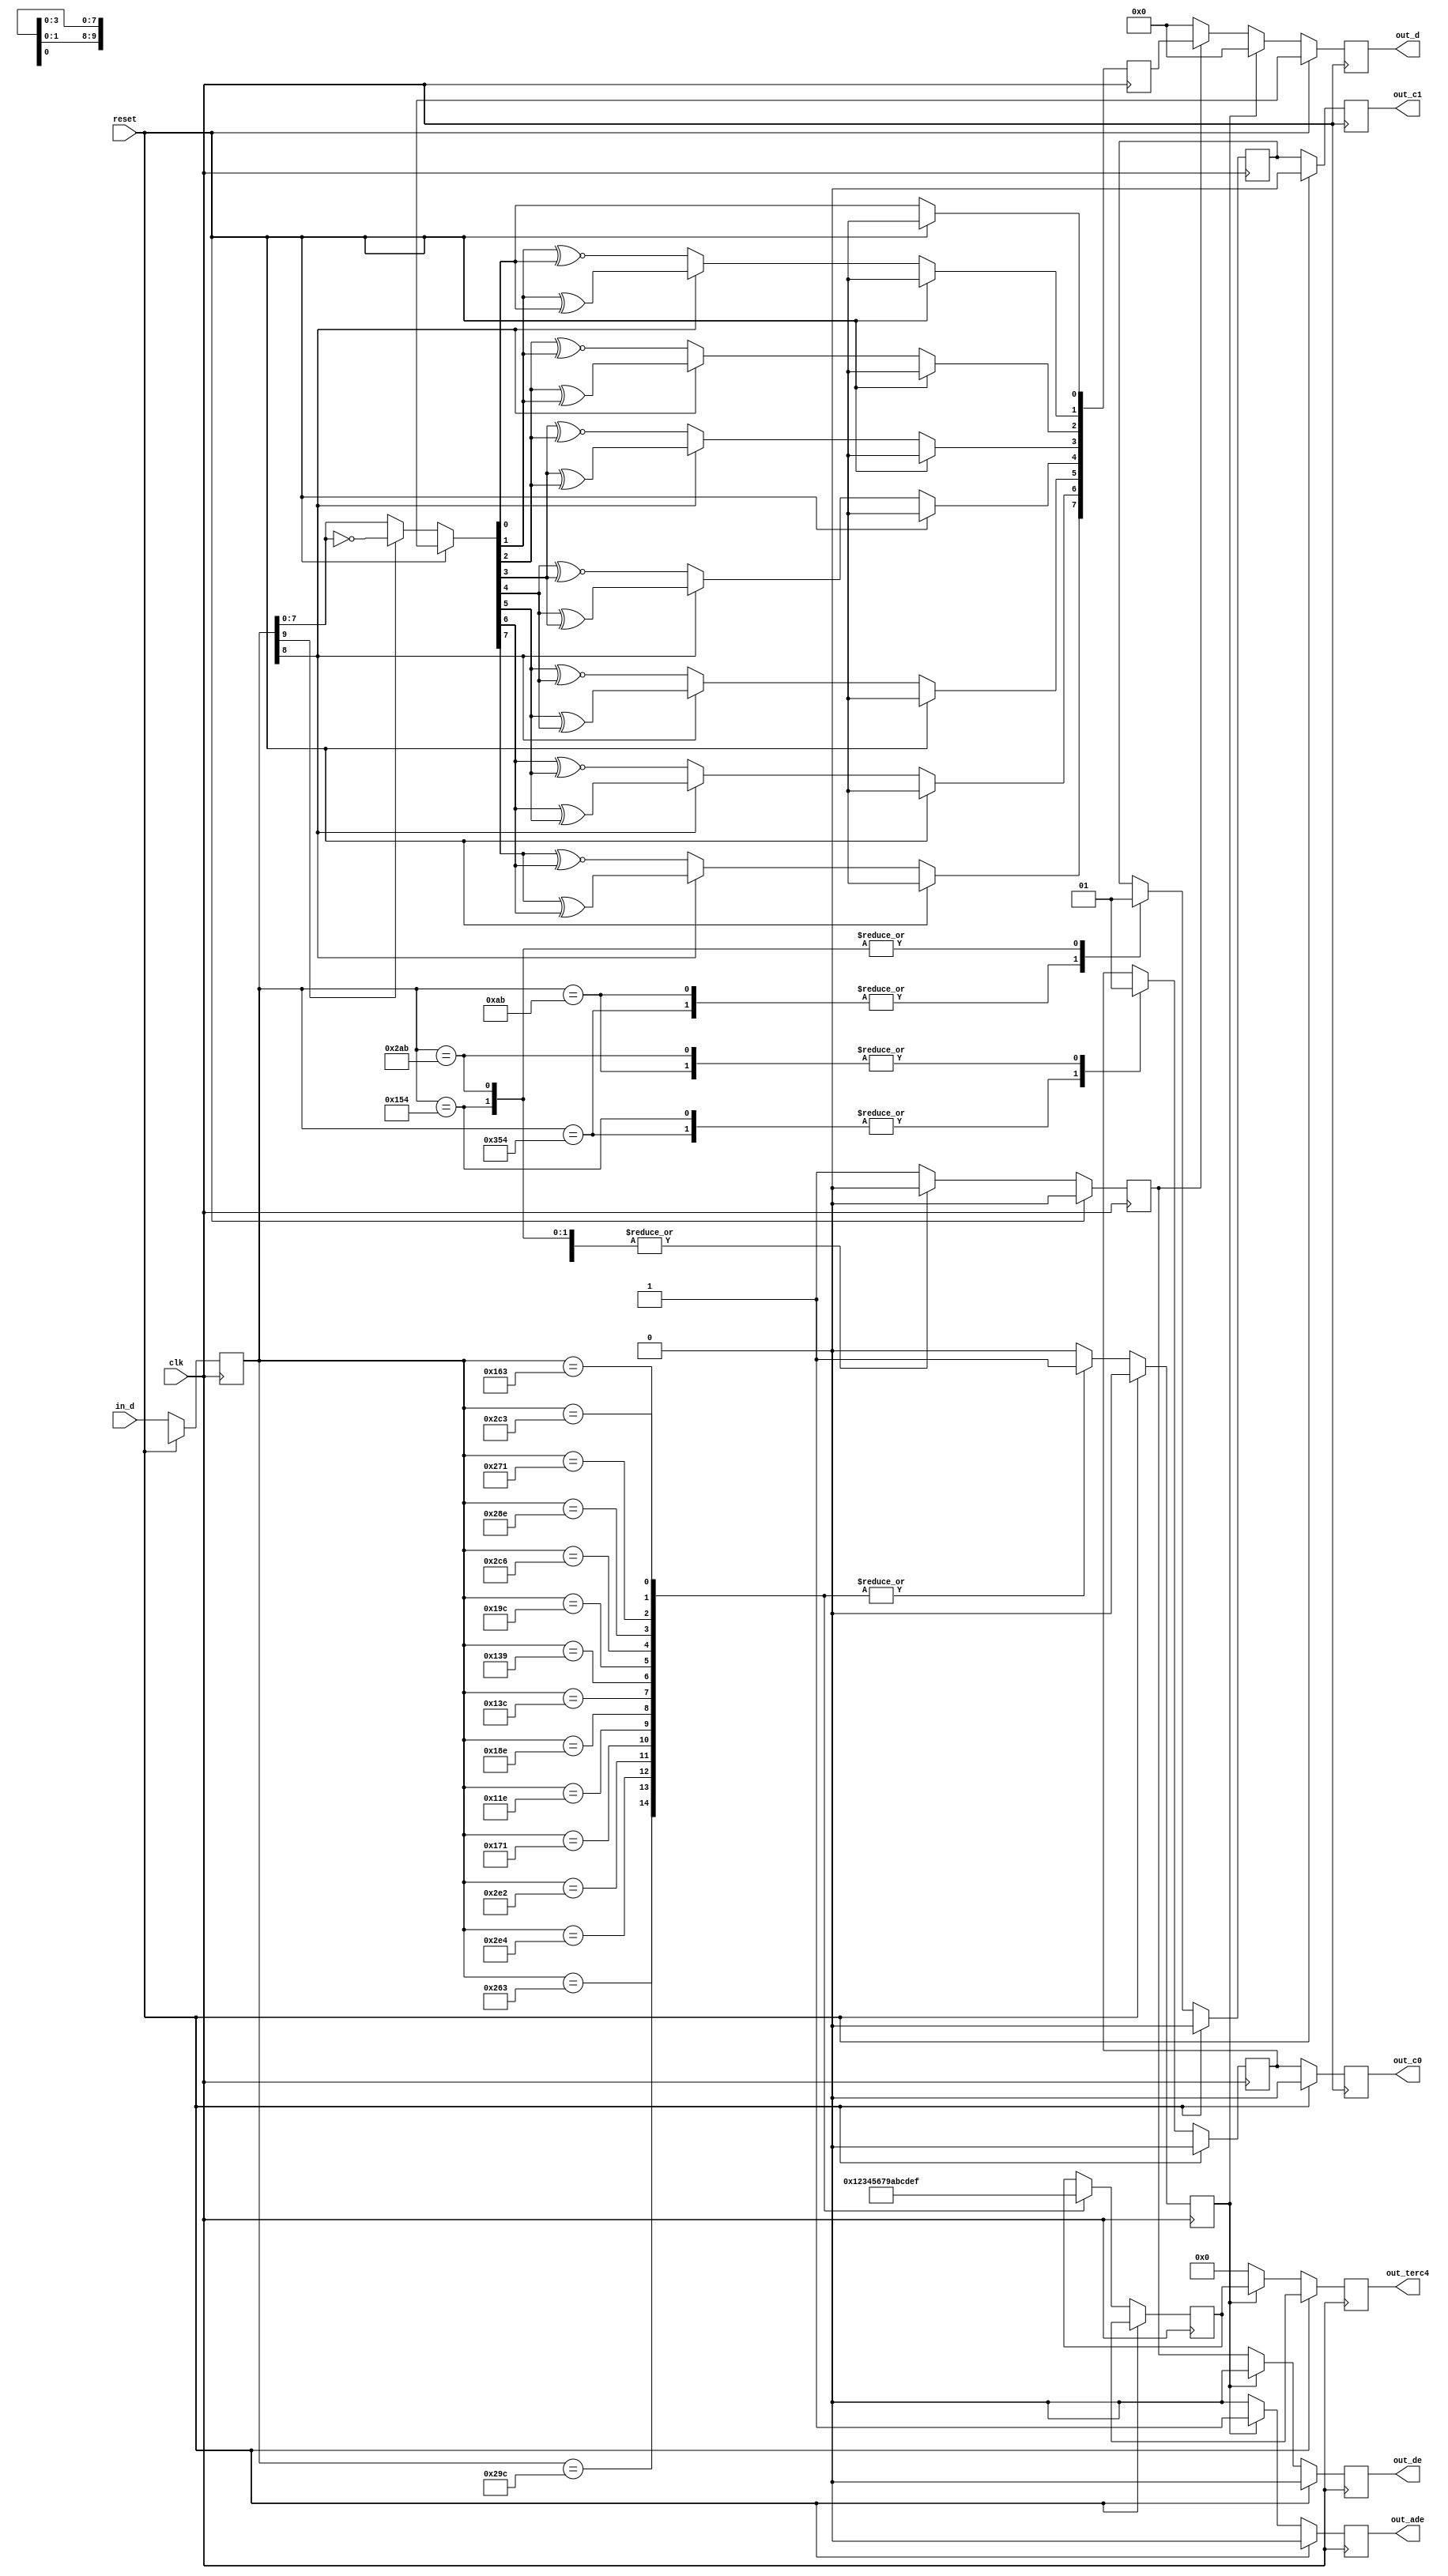
// ---------------------------------------------------------------------------
//  Jelly  -- The platform for real-time computing
//
//                                 Copyright (C) 2008-2015 by Ryuji Fuchikami
//                                 https://github.com/ryuz/jelly.git
// ---------------------------------------------------------------------------



`timescale 1ns / 1ps
`default_nettype none



module jelly_hdmi_rx_decode
        #(
            parameter DVI_ONLYIN = 0
        )
        (
            input   wire            reset,
            input   wire            clk,
            
            input   wire    [9:0]   in_d,
            
            output  wire            out_de,
            output  wire    [7:0]   out_d,
            output  wire            out_c0,
            output  wire            out_c1,
            
            output  wire            out_ade,
            output  wire    [3:0]   out_terc4
        );
    
    integer             i;
    reg     [9:0]       tmp_d;
    
    // stage 0
    reg     [9:0]       st0_d;
    
    // stage 1
    reg                 st1_c0;
    reg                 st1_c1;
    reg                 st1_de;
    reg     [7:0]       st1_d;
    reg                 st1_video_guard_band_c0;
    reg                 st1_video_guard_band_c1;
    reg                 st1_video_guard_band_c2;
    reg                 st1_data_guard_band_c1;
    reg                 st1_data_guard_band_c2;
    reg                 st1_ade;
    reg     [3:0]       st1_terc4;
    
    reg                 st2_de;
    reg                 st2_c0;
    reg                 st2_c1;
    reg     [7:0]       st2_d;
    reg                 st2_ade;
    reg     [3:0]       st2_terc4;
    
    always @(posedge clk) begin
        if ( reset ) begin
            st0_d                   <= {10{1'bx}};
            
            st1_de                  <= 1'b0;
            st1_c0                  <= 1'b0;
            st1_c1                  <= 1'b0;
            st1_d                   <= {8{1'bx}};
            st1_video_guard_band_c0 <= 1'bx;
            st1_video_guard_band_c1 <= 1'bx;
            st1_video_guard_band_c2 <= 1'bx;
            st1_data_guard_band_c1  <= 1'bx;
            st1_data_guard_band_c2  <= 1'bx;
            st1_ade                 <= 1'b0;
            st1_terc4               <= {4{1'bx}};
            
            st2_de                  <= 1'b0;
            st2_c0                  <= 1'b0;
            st2_c1                  <= 1'b0;
            st2_d                   <= {8{1'bx}};
            st2_ade                 <= 1'b0;
            st2_terc4               <= {4{1'bx}};
        end
        else begin
            // stage 0
            st0_d                   <= in_d;

            
            // stage 1
            st1_de                  <= 1'b0;
            st1_video_guard_band_c0 <= 1'b0;
            st1_video_guard_band_c1 <= 1'b0;
            st1_video_guard_band_c2 <= 1'b0;
            st1_data_guard_band_c1  <= 1'b0;
            st1_data_guard_band_c2  <= 1'b0;
            case ( st0_d )
            10'b1101010100: {st1_c1, st1_c0} <= 2'b00;
            10'b0010101011: {st1_c1, st1_c0} <= 2'b01;
            10'b0101010100: {st1_c1, st1_c0} <= 2'b10;
            10'b1010101011: {st1_c1, st1_c0} <= 2'b11;
            default:        st1_de           <= 1'b1;
            endcase
            
            tmp_d = st0_d;
            if ( tmp_d[9] == 1'b1 ) begin
                tmp_d[7:0] = ~tmp_d[7:0];
            end
            if ( tmp_d[8] == 1'b1 ) begin
                st1_d[0] <= tmp_d[0];
                st1_d[1] <= tmp_d[1] ^ tmp_d[0];
                st1_d[2] <= tmp_d[2] ^ tmp_d[1];
                st1_d[3] <= tmp_d[3] ^ tmp_d[2];
                st1_d[4] <= tmp_d[4] ^ tmp_d[3];
                st1_d[5] <= tmp_d[5] ^ tmp_d[4];
                st1_d[6] <= tmp_d[6] ^ tmp_d[5];
                st1_d[7] <= tmp_d[7] ^ tmp_d[6];
            end
            else begin
                st1_d[0] <= tmp_d[0];
                st1_d[1] <= tmp_d[1] ~^ tmp_d[0];
                st1_d[2] <= tmp_d[2] ~^ tmp_d[1];
                st1_d[3] <= tmp_d[3] ~^ tmp_d[2];
                st1_d[4] <= tmp_d[4] ~^ tmp_d[3];
                st1_d[5] <= tmp_d[5] ~^ tmp_d[4];
                st1_d[6] <= tmp_d[6] ~^ tmp_d[5];
                st1_d[7] <= tmp_d[7] ~^ tmp_d[6];
            end
            
            if ( !DVI_ONLYIN ) begin
                st1_ade <= 1'b0;
                case ( st0_d )
                10'b1011001100: st1_video_guard_band_c0 <= 1'b1;
                10'b0100110011: st1_video_guard_band_c1 <= 1'b1;
                10'b1011001100: st1_video_guard_band_c2 <= 1'b1;
                10'b0100110011: st1_data_guard_band_c1  <= 1'b1;
                10'b0100110011: st1_data_guard_band_c2  <= 1'b1;
                10'b1010011100: {st1_ade, st1_terc4} <= {1'b1, 4'b0000};
                10'b1001100011: {st1_ade, st1_terc4} <= {1'b1, 4'b0001};
                10'b1011100100: {st1_ade, st1_terc4} <= {1'b1, 4'b0010};
                10'b1011100010: {st1_ade, st1_terc4} <= {1'b1, 4'b0011};
                10'b0101110001: {st1_ade, st1_terc4} <= {1'b1, 4'b0100};
                10'b0100011110: {st1_ade, st1_terc4} <= {1'b1, 4'b0101};
                10'b0110001110: {st1_ade, st1_terc4} <= {1'b1, 4'b0110};
                10'b0100111100: {st1_ade, st1_terc4} <= {1'b1, 4'b0111};
                10'b1011001100: {st1_ade, st1_terc4} <= {1'b1, 4'b1000};
                10'b0100111001: {st1_ade, st1_terc4} <= {1'b1, 4'b1001};
                10'b0110011100: {st1_ade, st1_terc4} <= {1'b1, 4'b1010};
                10'b1011000110: {st1_ade, st1_terc4} <= {1'b1, 4'b1011};
                10'b1010001110: {st1_ade, st1_terc4} <= {1'b1, 4'b1100};
                10'b1001110001: {st1_ade, st1_terc4} <= {1'b1, 4'b1101};
                10'b0101100011: {st1_ade, st1_terc4} <= {1'b1, 4'b1110};
                10'b1011000011: {st1_ade, st1_terc4} <= {1'b1, 4'b1111};
                endcase
            end
            else begin
                st1_video_guard_band_c0 <= 1'b0;
                st1_video_guard_band_c1 <= 1'b0;
                st1_video_guard_band_c2 <= 1'b0;
                st1_data_guard_band_c1  <= 1'b0;
                st1_data_guard_band_c2  <= 1'b0;
                {st1_ade, st1_terc4}    <= {1'b0, 4'b0000};
            end
            
            
            // stage2
            st2_c0 <= st1_c0;
            st2_c1 <= st1_c1;
            if ( st1_ade ) begin
                st2_de    <= 1'b0;
                st2_d     <= {8{1'b0}};
                st2_ade   <= 1'b1;
                st2_terc4 <= st1_terc4;
            end
            else begin
                st2_de    <= st1_de;
                st2_d     <= st1_de ? st1_d : {8{1'b0}};
                st2_ade   <= 1'b0;
                st2_terc4 <= {4{1'b0}};
            end
        end
    end
    
    assign out_de    = st2_de;
    assign out_d     = st2_d;
    assign out_c0    = st2_c0;
    assign out_c1    = st2_c1;
    
    assign out_ade   = st2_ade;
    assign out_terc4 = st2_terc4;
    
endmodule


`default_nettype wire


// end of file